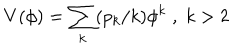
LaTeX: V ( \phi ) = \sum _ { k } ( p _ { k } / k ) \phi ^ { k } \; , \; k > 2